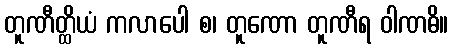
တူဏီတ္ထိယံ ကလာပေါ စ၊ တူဏော တူဏီရ ဝါဏဓိ။